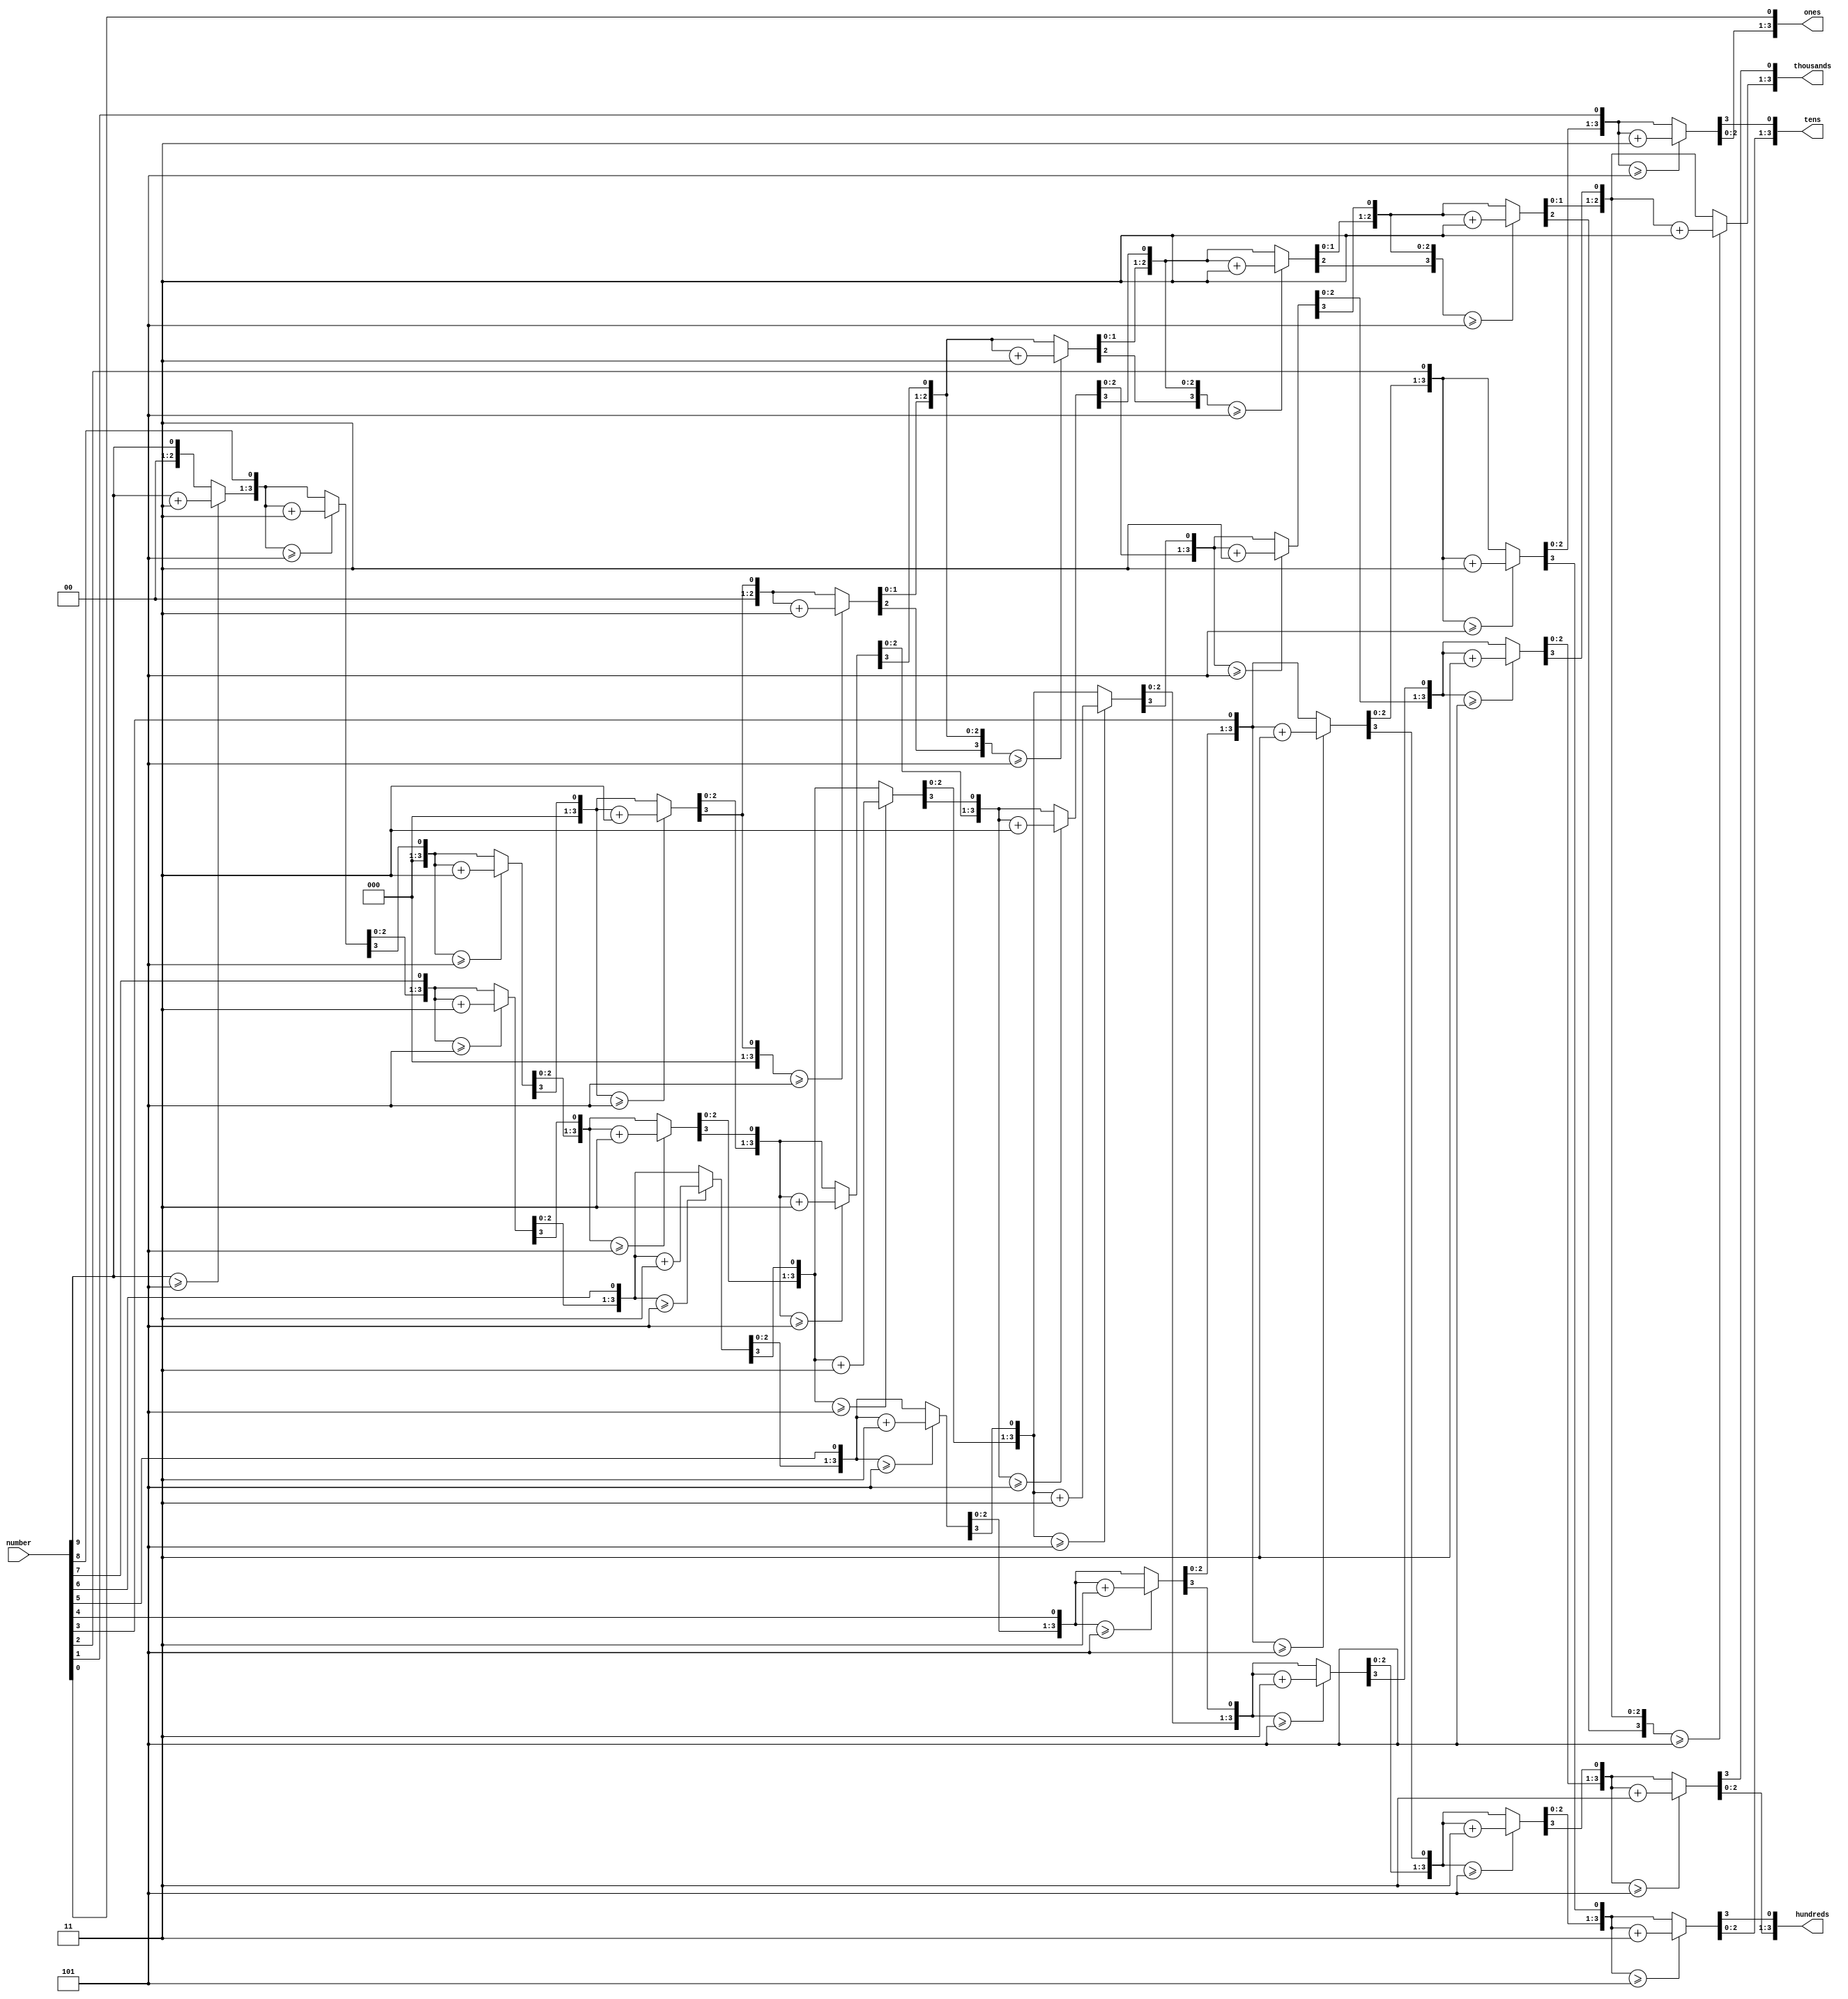
`timescale 1ns / 1ps

module Binary2BCD (
     input  [9:0] number,
   output reg [3:0] thousands,
   output reg [3:0] hundreds,
   output reg [3:0] tens,
   output reg [3:0] ones
  ); 
   // Internal variable for storing bits
   reg [25:0] shift;
   integer i;
   
   always @(number)
   begin
      // Clear previous number and store new number in shift register
      shift[25:9] = 0;
      shift[9:0] = number;
      
      // Loop eight times
      for (i=0; i<10; i=i+1) begin
         if (shift[13:10] >= 5)
            shift[13:10] = shift[13:10] + 3;
            
         if (shift[17:14] >= 5)
            shift[17:14] = shift[17:14] + 3;
            
         if (shift[21:18] >= 5)
            shift[21:18] = shift[21:18] + 3;
         
         if (shift[25:22] >= 5)
            shift[25:22] = shift[25:22] + 3;
         
         

         // Shift entire register left once
         shift = shift << 1;
      end
      
      // Push decimal numbers to output
      thousands = shift[25:22];
      hundreds = shift[21:18];
      tens     = shift[17:14];
      ones     = shift[13:10];
   end
 
endmodule